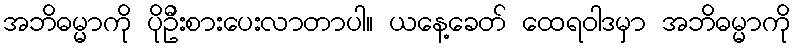
အဘိဓမ္မာကို ပိုဦးစားပေးလာတာပါ။ ယနေ့ခေတ် ထေရဝါဒမှာ အဘိဓမ္မာကို